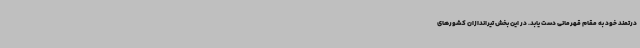
درتمند خود به مقام قهرمانی دست یابد. در این بخش تیراندازان کشورهای